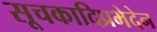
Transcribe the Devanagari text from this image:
सूचकादिप्रभेदेन